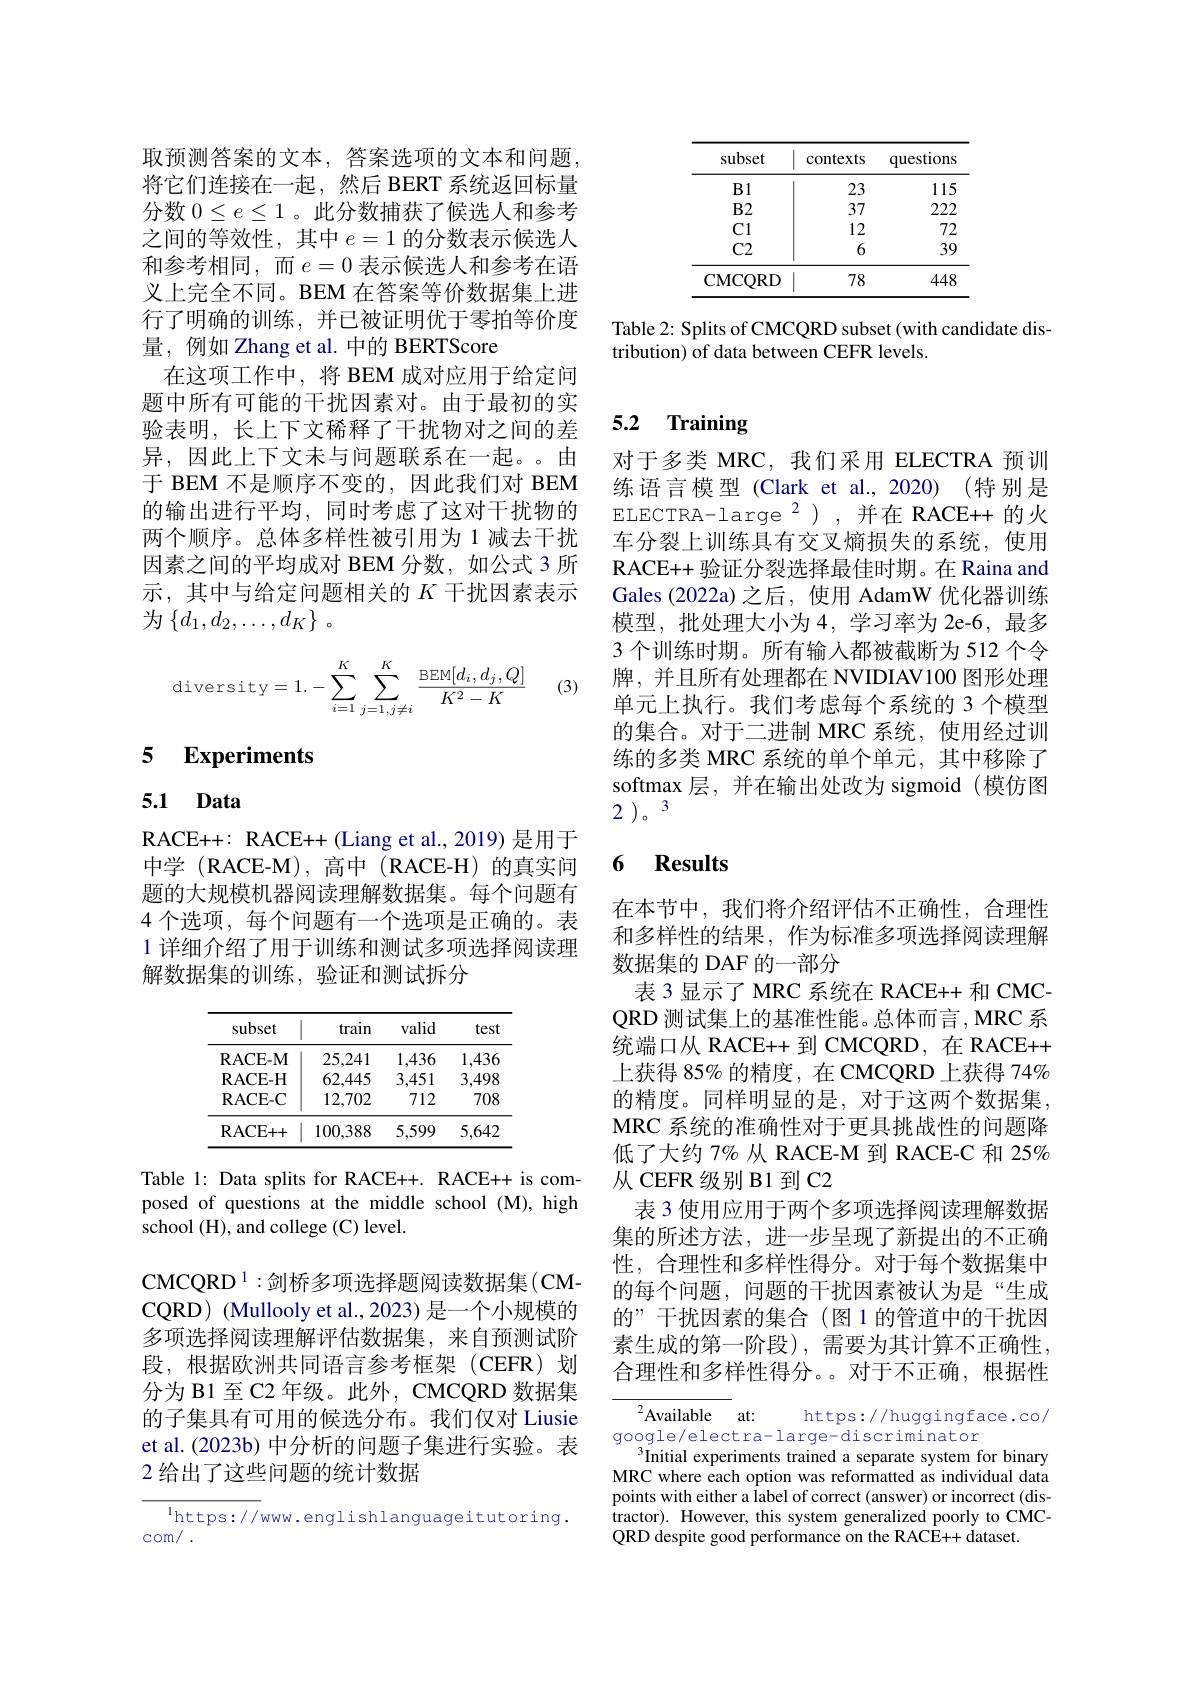
<table>
	<tbody>
		<tr>
			<th>subset</th>
			<th>$\operatorname{contexts}$</th>
			<th>questions</th>
		</tr>
		<tr>
			<td>B1</td>
			<td>23</td>
			<td>115</td>
		</tr>
		<tr>
			<td>$B2$</td>
			<td>37</td>
			<td>222</td>
		</tr>
		<tr>
			<td>C1</td>
			<td>12</td>
			<td>72</td>
		</tr>
		<tr>
			<td>C2</td>
			<td>6</td>
			<td>39</td>
		</tr>
		<tr>
			<td>CMCORD</td>
			<td>78</td>
			<td>448</td>
		</tr>
	</tbody>
</table>

Table 2: Splits of CMCQRD subset (with candidate dis-
tribution) of data between CEFR levels.

取预测答案的文本，答案选项的文本和问题， 将它们连接在一起，然后 BERT 系统返回标量分数$0\leq e\leq1$ 。此分数捕获了候选人和参考之间的等效性，其中$e=1$的分数表示候选人和参考相同，而$e=0$ 表示候选人和参考在语义上完全不同。BEM 在答案等价数据集上进行了明确的训练，并已被证明优于零拍等价度量，例如 Zhang et al. 中的 BERTScore
在这项工作中，将 BEM 成对应用于给定问题中所有可能的干扰因素对。由于最初的实验表明，长上下文稀释了干扰物对之间的差异，因此上下文未与问题联系在一起。由于 BEM 不是顺序不变的，因此我们对 BEM 的输出进行平均，同时考虑了这对干扰物的两个顺序。总体多样性被引用为1减去干扰因素之间的平均成对 BEM 分数，如公式 3 所示，其中与给定问题相关的$K$干扰因素表示为$\left\{d_{1},d_{2},\ldots,d_{K}\right\}$。
$$\text{diversity}=1.-\sum\limits_{i=1}^K\sum\limits_{j=1,j\neq i}^K\frac{\text{BEM}[d_i,d_j,Q]}{K^2-K}$$
(3)

# 5 Experiments

# 5.1 Data

RACE++: RACE++ (Liang et al., 2019) 是用于中学(RACE-M),高中(RACE-H)的真实问题的大规模机器阅读理解数据集。每个问题有4 个选项，每个问题有一个选项是正确的。表1 详细介绍了用于训练和测试多项选择阅读理解数据集的训练，验证和测试拆分

<table>
	<tbody>
		<tr>
			<th>subset</th>
			<th>train</th>
			<th>valid</th>
			<th>test</th>
		</tr>
		<tr>
			<td>RACE- M</td>
			<td>25,241</td>
			<td>1,436</td>
			<td>1,436</td>
		</tr>
		<tr>
			<td>$\mathbf{RACE-H}$</td>
			<td>62,445</td>
			<td>3,451</td>
			<td>3,498</td>
		</tr>
		<tr>
			<td>RACE- C</td>
			<td>12,702</td>
			<td>712</td>
			<td>708</td>
		</tr>
		<tr>
			<td>RACE+ + </td>
			<td>100,388</td>
			<td>5,599</td>
			<td>5,642</td>
		</tr>
	</tbody>
</table>

Table 1: Data splits for RACE++. RACE++ is composed of questions at the middle school (M), high school (H), and college (C) level.

$\mathrm{CMCQRD}^{1}:$剑桥多项选择题阅读数据集(CMCQRD) (Mullooly et al.,2023) 是一个小规模的多项选择阅读理解评估数据集，来自预测试阶段，根据欧洲共同语言参考框架(CEFR)划分为 B1 至 C2 年级。此外，CMCQRD 数据集的子集具有可用的候选分布。我们仅对 Liusie et al.(2023b) 中分析的问题子集进行实验。表2 给出了这些问题的统计数据

$^{\mathrm{l}}$https://www.englishlanguageitutoring.
$com/.$

# 5.2 Training

对于多类 MRC,我们采用 ELECTRA 预训练语言模型(Clark et al., 2020) (特别是ELECTRA-large$^{2}$),并在 RACE++ 的火车分裂上训练具有交叉熵损失的系统，使用RACE++ 验证分裂选择最佳时期。在 Raina and Gales (2022a) 之后，使用 AdamW 优化器训练模型，批处理大小为4，学习率为 2e-6,最多3 个训练时期。所有输人都被截断为 512 个令牌，并且所有处理都在 NVIDIAV100 图形处理单元上执行。我们考虑每个系统的 3 个模型的集合。对于二进制 MRC 系统，使用经过训练的多类 MRC 系统的单个单元，其中移除了softmax 层，并在输出处改为 sigmoid (模仿图2 )。3

## 6 $\mathbf{Results}$

在本节中，我们将介绍评估不正确性，合理性和多样性的结果，作为标准多项选择阅读理解数据集的 DAF 的一部分
表 3 显示了 MRC 系统在 RACE++ 和 CMCQRD 测试集上的基准性能。总体而言，MRC 系统端口从 RACE++ 到 CMCQRD, 在 RACE++ 上获得 85% 的精度，在 CMCQRD 上获得 74% 的精度。同样明显的是，对于这两个数据集， MRC 系统的准确性对于更具挑战性的问题降低了大约 7% 从 RACE-M 到 RACE-C 和 25% 从 CEFR 级别 B1 到 C2
表 3 使用应用于两个多项选择阅读理解数据集的所述方法，进一步呈现了新提出的不正确性，合理性和多样性得分。对于每个数据集中的每个问题，问题的干扰因素被认为是“生成的”干扰因素的集合(图1的管道中的干扰因素生成的第一阶段),需要为其计算不正确性， 合理性和多样性得分。。对于不正确，根据性

$^{2}$Available at:
https:/ / huggingface.co/
google/electra-large-discriminator
Initial experiments trained a separate system for binary MRC where each option was reformatted as individual data points with either a label of correct (answer) or incorrect (distractor). However, this system generalized poorly to CMCQRD despite good performance on the RACE++ dataset.